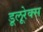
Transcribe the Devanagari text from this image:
डूलूरेक्स